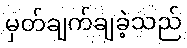
မှတ်ချက်ချခဲ့သည်